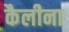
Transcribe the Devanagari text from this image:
कैलीना